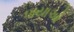
પાયાઓ